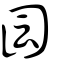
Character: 囩